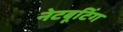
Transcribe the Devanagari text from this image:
नेटबूटिंग